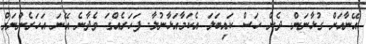
އޭނާއަށް ގުޅާނަން. ދެން ހަސް ކައިބަލަ އެކަމާއަޅާނުލާ. ފަހަރެއްގަ ވެދާނެ އޭނަ އަހަރެންނަށް